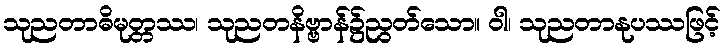
သုညတာဓိမုတ္တဿ၊ သုညတနိဗ္ဗာန်၌ညွတ်သော။ ဝါ၊ သုညတာနုပဿဖြင့်